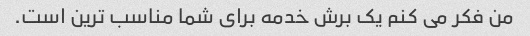
من فکر می کنم یک برش خدمه برای شما مناسب ترین است.